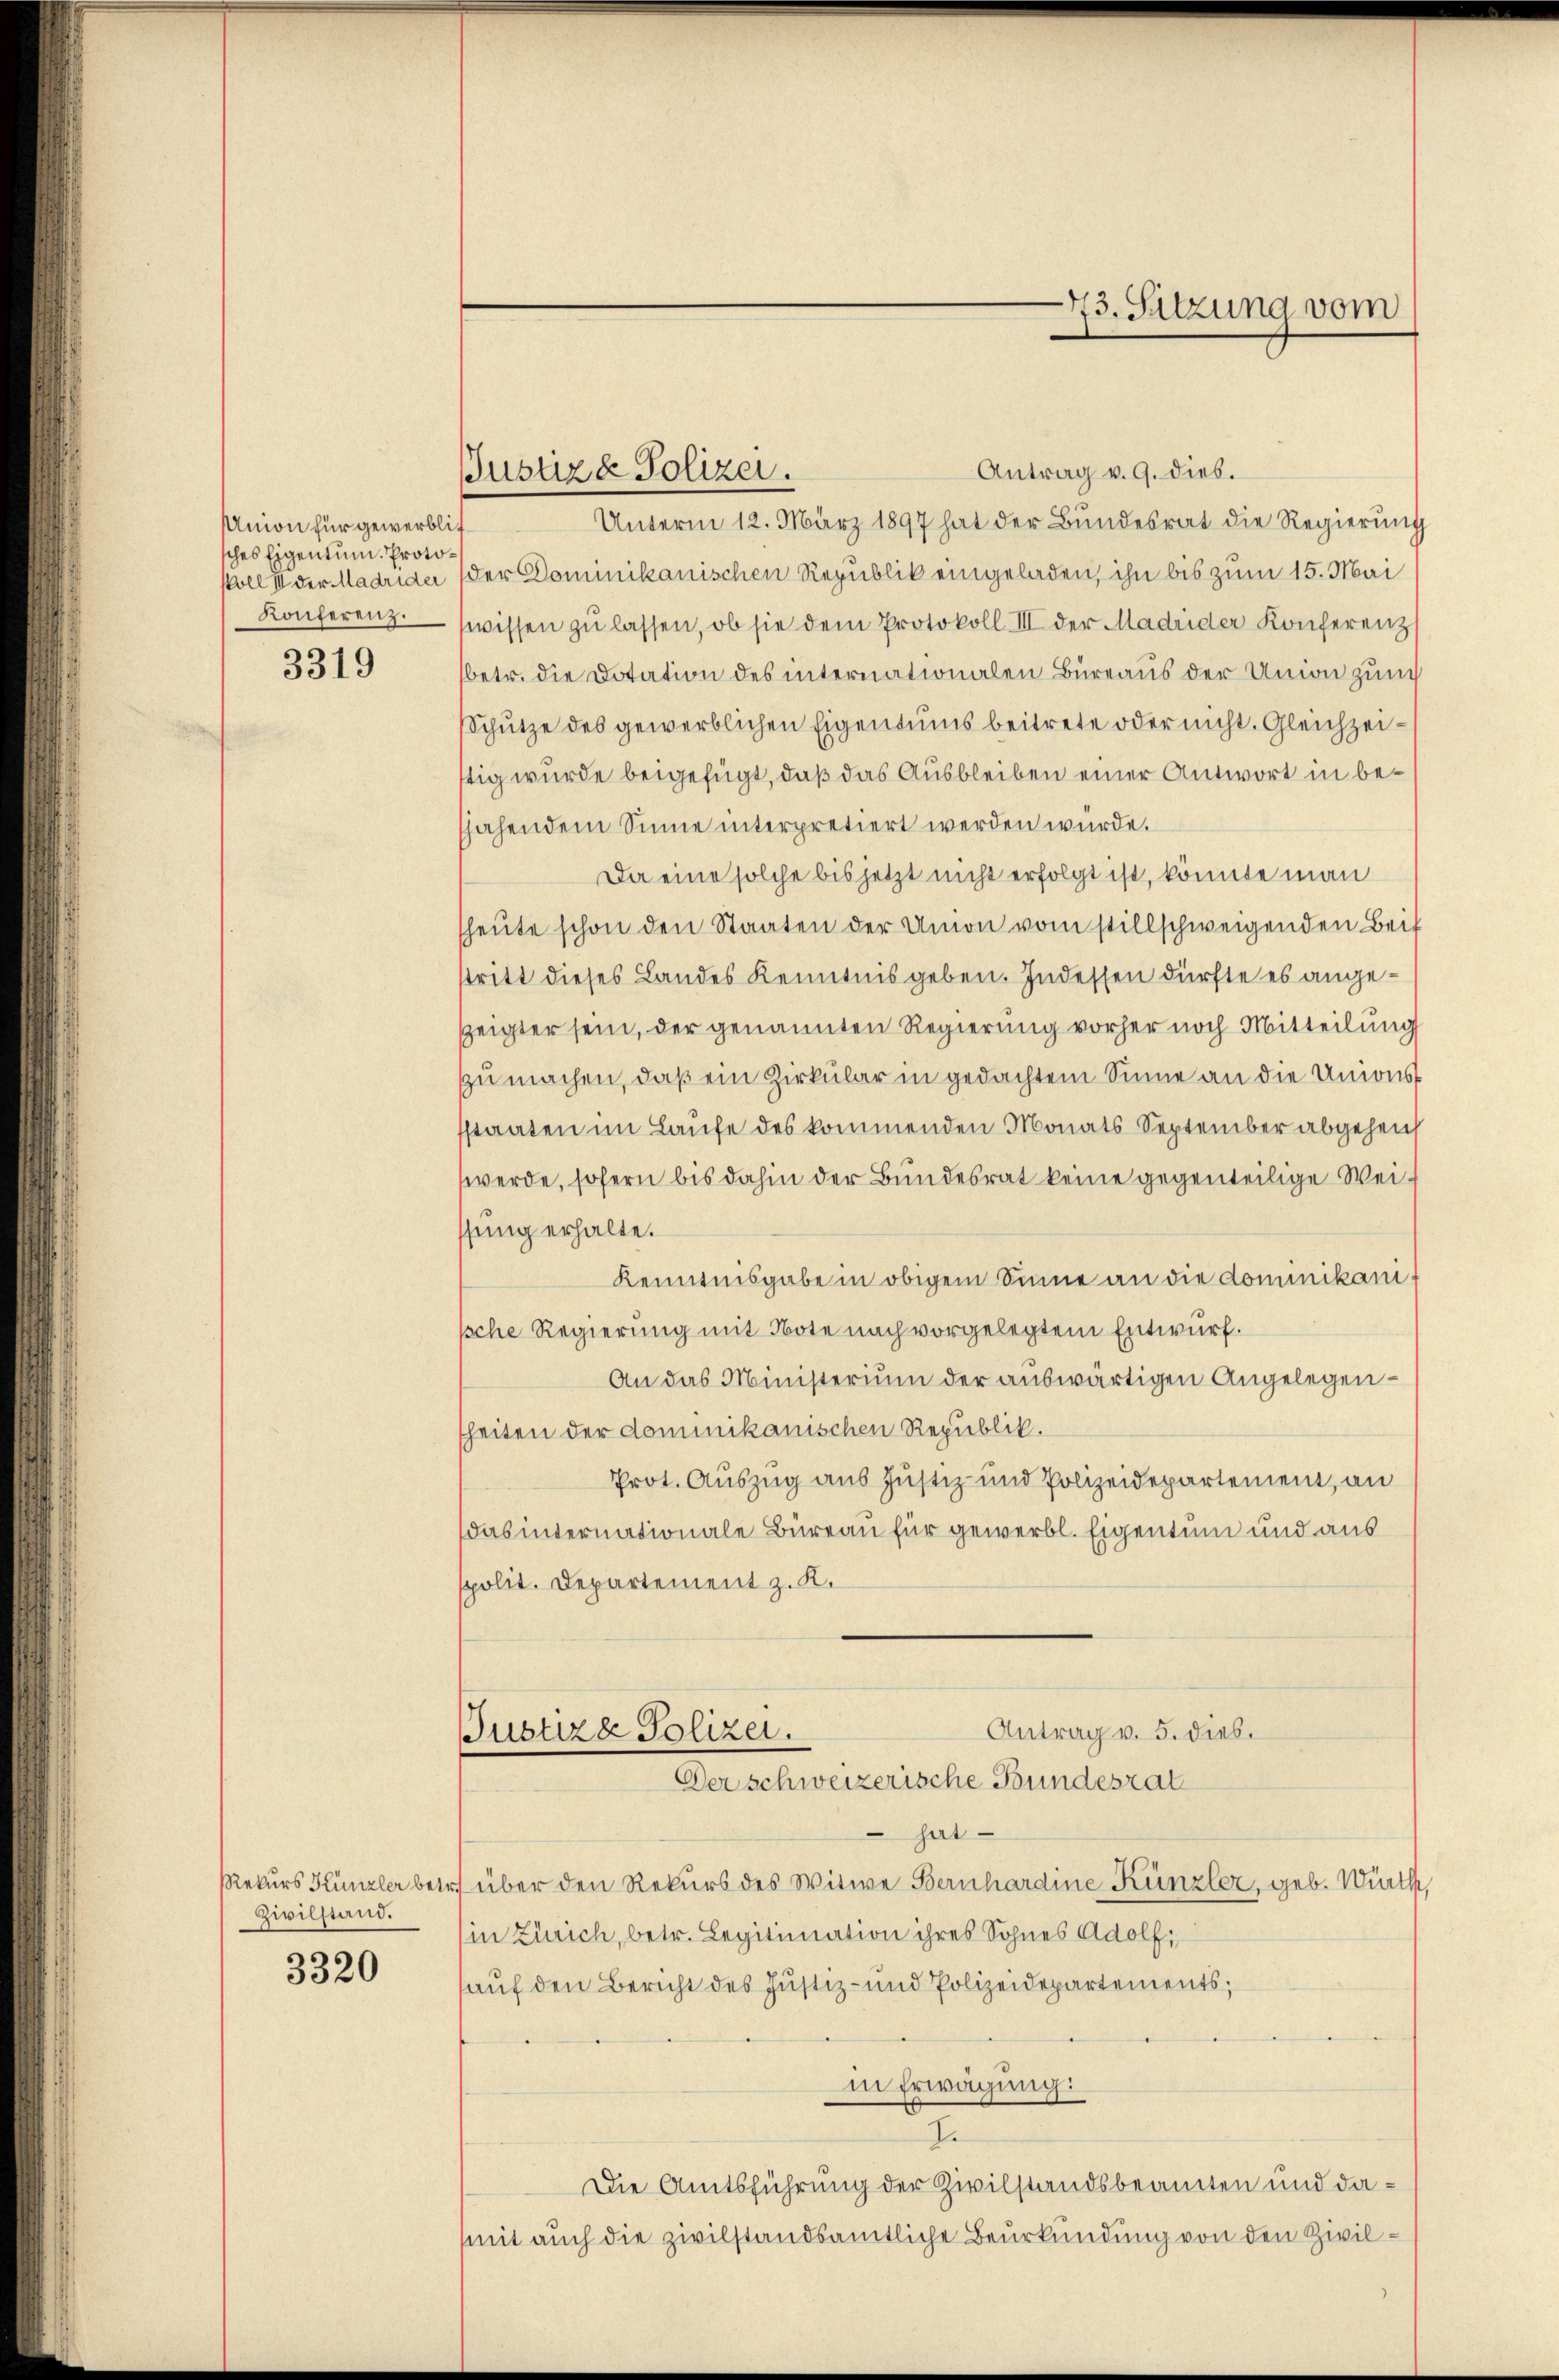
Union für gewerblic
sches Eigentum Proto¬
Konferenz.

3319

Zivilstand.

3320

Antrag v. 9. dies.
Unterm 12. März 1897 hat der Bundesrat die Regierung
soll der Madrider (der Dominikanischen Republik eingeladen, ihn bis zum 15. Mai
wissen zŭ lassen, ob sie dem Protokoll III der Madrider Konferenz
betr. die Dotation des internationalen Bureaus der Union zum
Schütze des gewerblichen Eigentums beitrete oder nicht. Gleichzeitig wurde beigefügt, daß das Ausbleiben einer Antwort in behahendem Sinne interpretiert werden wurde.
Da eine solche bis jetzt nicht erfolgt ist, könnte man
heute schon den Staaten der Union vom stillschweigenden Beif
stritt dieses Landes Kenntnis geben. Indessen dürfte es ange¬
Zeigter sein, der genannten Regierung vorher noch Mitteilung
zu machen, daß ein Zirkular in gedachtem Sinne an die Unions
sstaaten im Laufe des kommenden Monats September abgeheuch
werde, sofern bis dahin der Bundesrat keine gegenteilige Weissung erhalte.
Kenntnisgabe in obigem Sinne an die dominikanif
sche Regierung mit Note nach vorgelegtem Entwurf.
An das Ministerium der auswärtigen Angelegensheiten der dominikanischen Republik.
Prot. Auszug aus Justiz- und Polizeidepartement, an
das internationale Büreau für gewerbl. Eigentum und aus
spolit. Departement z. K.

Justiza Polizei.

Antrag v. 5. dies.
Justiza Polizei.
Der schweizerische Bundesrat

73. Sitzung vom

hat
Rekurs Künzler betr. über den Rekurs des Witwe Bernhardine Künzler, geb. Würth,
in Zürich, betr. Legitimation ihres Sohnes Adolf,
auf den Bericht des Justiz- und Polizeidepartements;
in Erwägung:
7.
Die Amtsführung der Zivilstandsbeamten und damit auch die zivilstandsamtliche Beurkundung von den Zivil¬